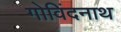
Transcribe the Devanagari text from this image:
गोविंदनाथ